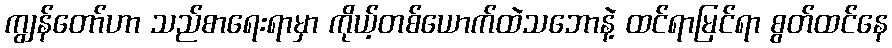
ကျွန်တော်ဟာ သည်စာရေးရာမှာ ကိုယ့်တစ်ယောက်ထဲသဘောနဲ့ ထင်ရာမြင်ရာ စွတ်ထင်နေ